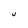
Character: U